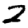
Digit: 2